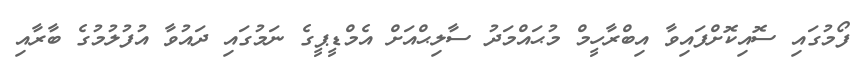
ފޯމުގައި ސޮއިކޮށްފައިވާ އިބްރާހީމް މުޙައްމަދު ސާލިޙްއަށް އެމްޑީޕީގެ ނަމުގައި ދައުވާ އުފުލުމުގެ ބާރާއި